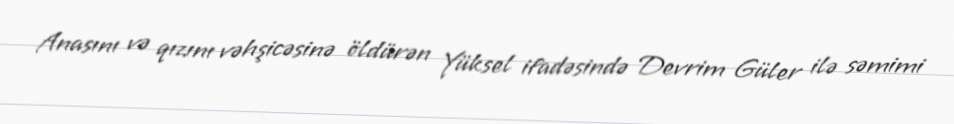
Anasını və qızını vəhşicəsinə öldürən Yüksel ifadəsində Devrim Güler ilə səmimi